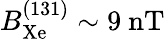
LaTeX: B_{\mathrm{Xe}}^{(131)}\sim 9~\mathrm{nT}